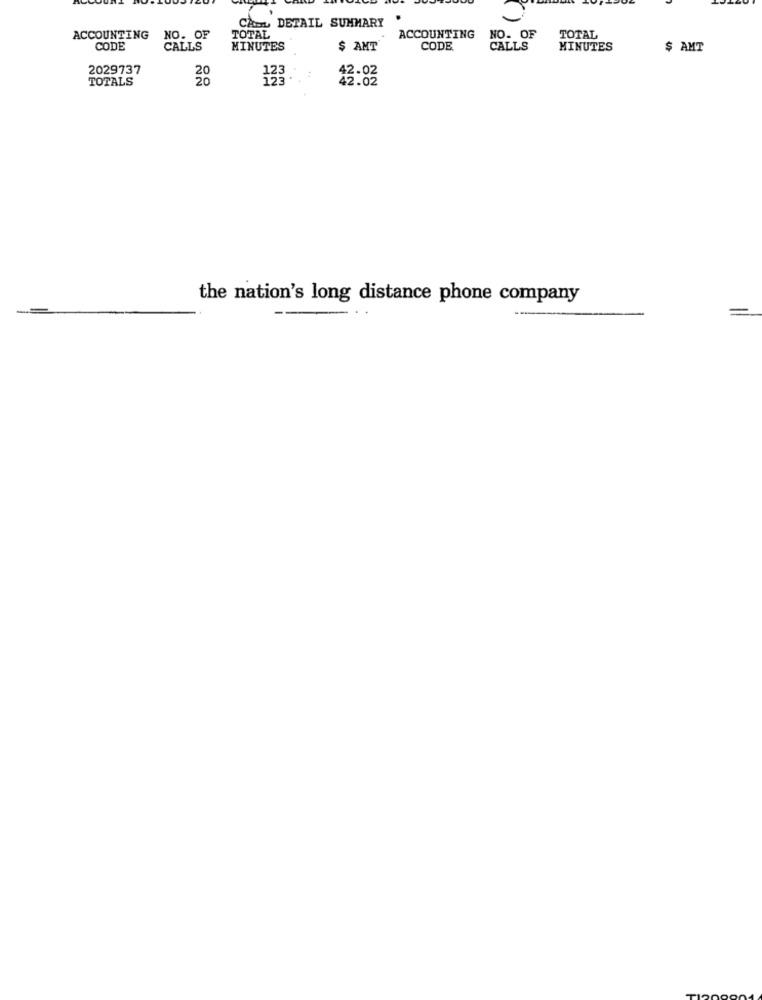
CARL DETAIL SUMMARY
ACCOUNTING
NO. OF
TOTAL
ACCOUNTING
NO. OF
TOTAL
CODE
CALLS
MINUTES
$ AMT
CODE.
CALLS
MINUTES
$ AMT
2029737
TOTALS
20
123
42.02
the nation's long distance phone company